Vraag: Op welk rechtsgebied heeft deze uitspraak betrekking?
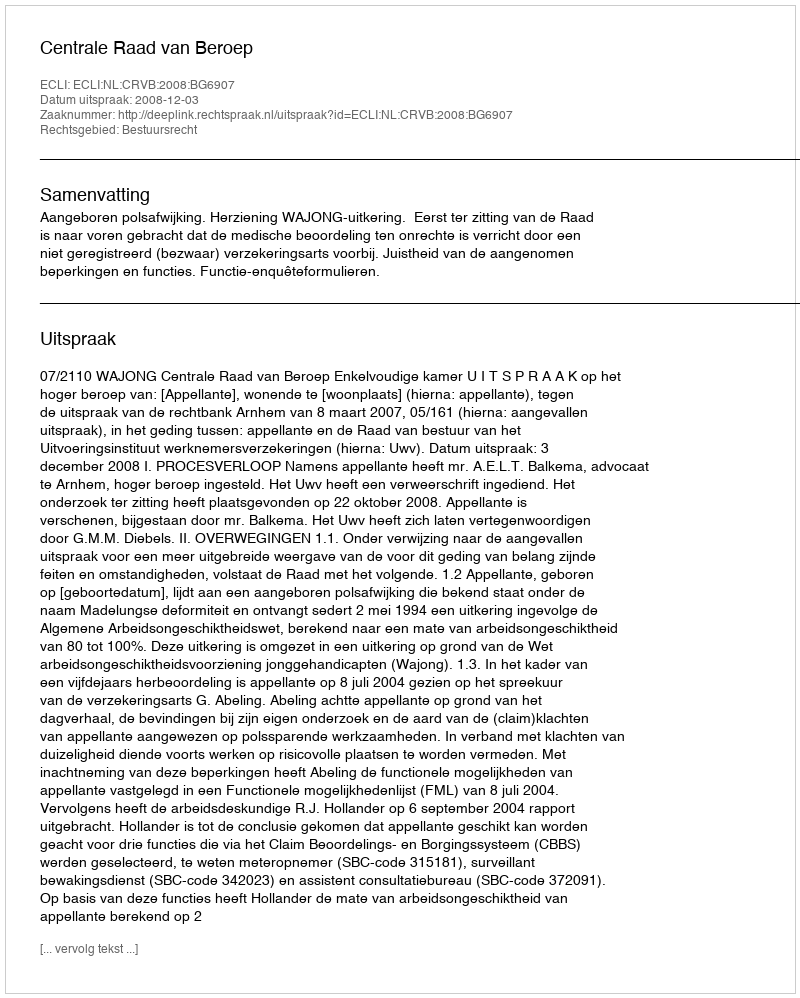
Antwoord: Bestuursrecht